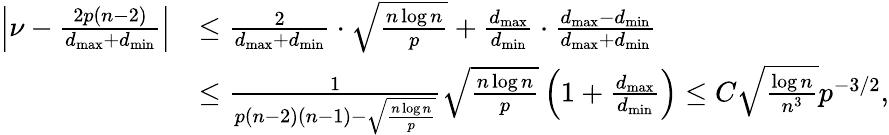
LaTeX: \begin{array}{rl}{\left|\nu-\frac{2p(n-2)}{d_{\operatorname*{max}}+d_{\operatorname*{min}}}\right|}&{\leq\frac{2}{d_{\operatorname*{max}}+d_{\operatorname*{min}}}\cdot\sqrt{\frac{n\log n}{p}}+\frac{d_{\operatorname*{max}}}{d_{\operatorname*{min}}}\cdot\frac{d_{\operatorname*{max}}-d_{\operatorname*{min}}}{d_{\operatorname*{max}}+d_{\operatorname*{min}}}}\\ &{\leq\frac{1}{p(n-2)(n-1)-\sqrt{\frac{n\log n}{p}}}\sqrt{\frac{n\log n}{p}}\left(1+\frac{d_{\operatorname*{max}}}{d_{\operatorname*{min}}}\right)\le C\sqrt{\frac{\log n}{n^{3}}}p^{-3/2},}\end{array}